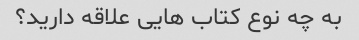
به چه نوع کتاب هایی علاقه دارید؟